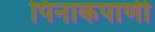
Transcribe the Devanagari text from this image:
पिनाकपाणी